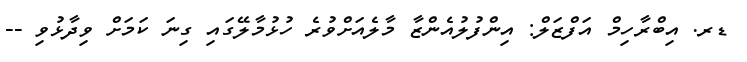
ޑރ. އިބްރާހިމް އަފްޒަލް: އިންފުލުއެންޒާ މާލެއަށްވުރެ ހުޅުމާލޭގައި ގިނަ ކަމަށް ވިދާޅުވި --